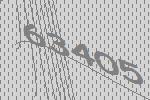
63405